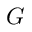
G